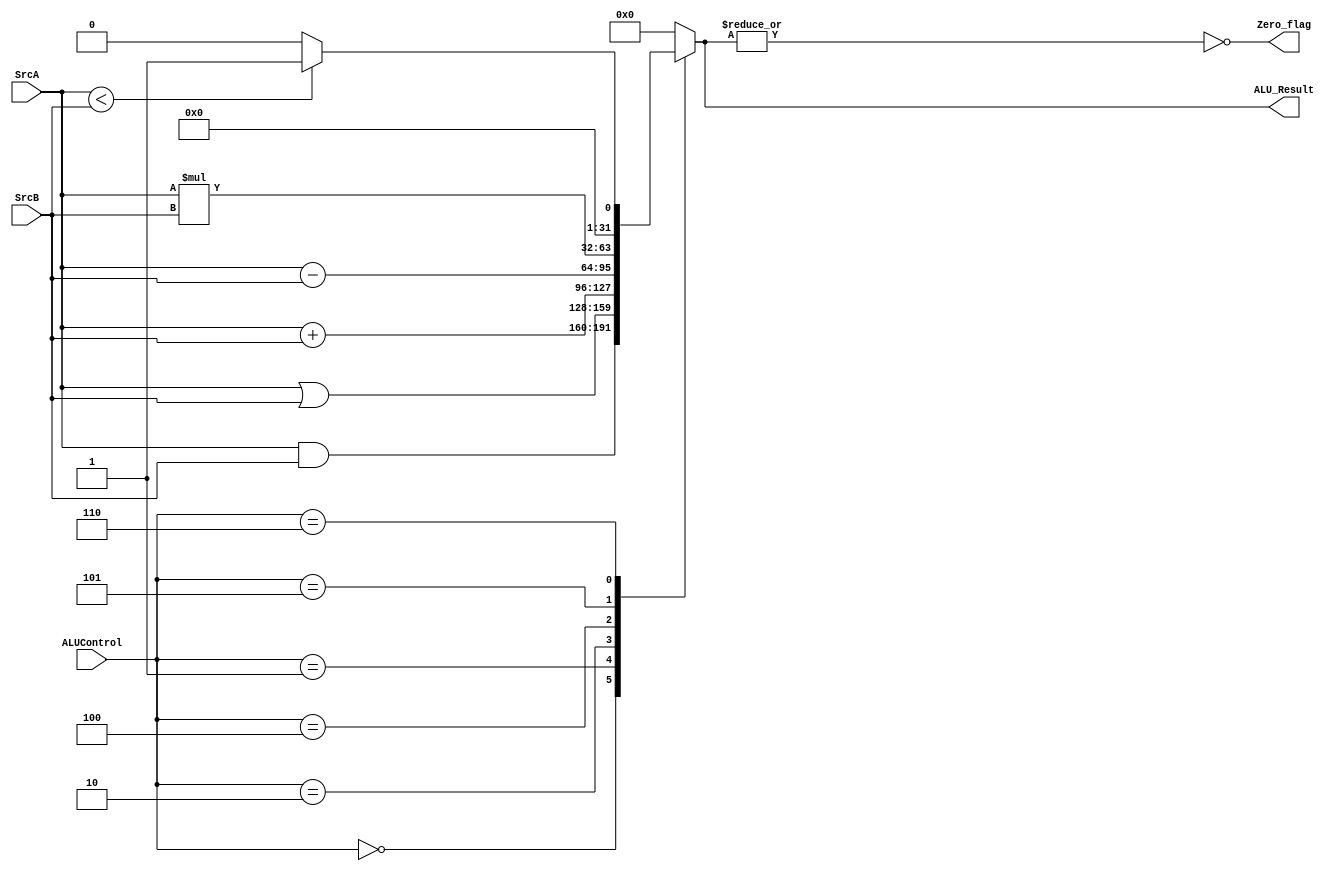
module ALU
#(parameter width = 32)
(
    input       wire    [width-1:0]SrcA,SrcB,
    input       wire    [2:0]ALUControl,
    output      wire    [width-1:0]ALU_Result,
    output      wire     Zero_flag
);
reg Zero;
reg [width-1:0]ALUResult;

assign Zero_flag = Zero;
assign ALU_Result = ALUResult;

always@(*)
begin
    case(ALUControl)
    3'b000 : begin
                ALUResult = SrcA & SrcB;
            end 
    3'b001 : begin
                ALUResult = SrcA | SrcB;
             end
    3'b010 : begin
                ALUResult = SrcA + SrcB;
            end
    3'b100 : begin
                ALUResult = SrcA - SrcB;
             end
    3'b101 : begin
                ALUResult = SrcA * SrcB;
            end
    3'b110 : begin
                if(SrcA < SrcB)
                    begin
                        ALUResult = 1'b1;
                    end
                else
                    begin
                        ALUResult = 1'b0;
                    end
            end
    default: begin
            ALUResult = 1'b0;
            end
    endcase
    Zero = ~|ALUResult;
end
    endmodule